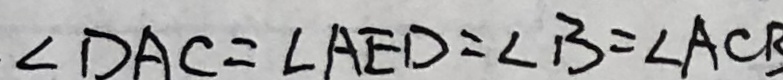
\angle D A C = \angle A E D = \angle B = \angle A C B